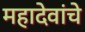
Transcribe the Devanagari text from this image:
महादेवांचे